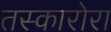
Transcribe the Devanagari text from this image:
तस्कारोरा